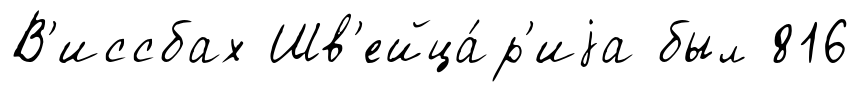
В'иссбах Шв'ейца́р'иjа был 816